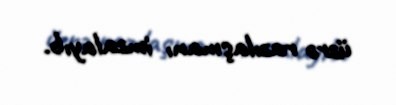
üzrə razılaşmanı imzalayıb.